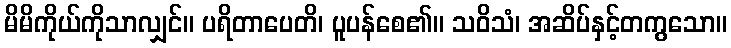
မိမိကိုယ်ကိုသာလျှင်။ ပရိတာပေတိ၊ ပူပန်စေ၏။ သဝိသံ၊ အဆိပ်နှင့်တကွသော။